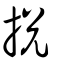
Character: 挩